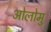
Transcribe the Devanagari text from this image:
ओलोमु